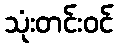
သုံးတင်းဝင်